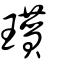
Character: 瓉